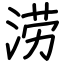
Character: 涝